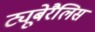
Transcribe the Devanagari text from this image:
ट्यूबेरैलिस